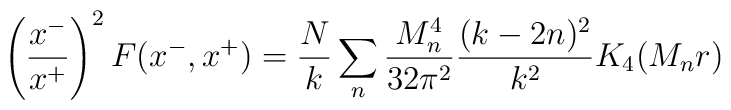
\left({x^- \over x^+}\right)^2 F(x^-,x^+)= {N \over k} \sum_n  {M_n^4 \over 32 \pi^2} {(k-2n)^2 \over k^2} K_4(M_n r)